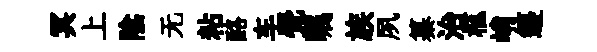
冥上隂无粘酪车覺瞩族夙纂治柩峭籩